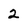
Character: 2